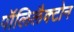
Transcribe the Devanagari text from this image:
पॉलिलैक्टोन